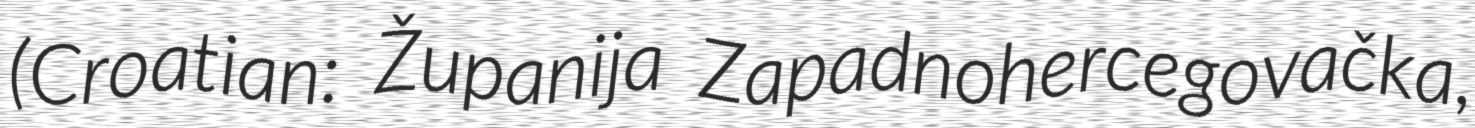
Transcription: (Croatian: Županija Zapadnohercegovačka,